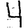
Digit: 4